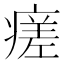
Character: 瘥